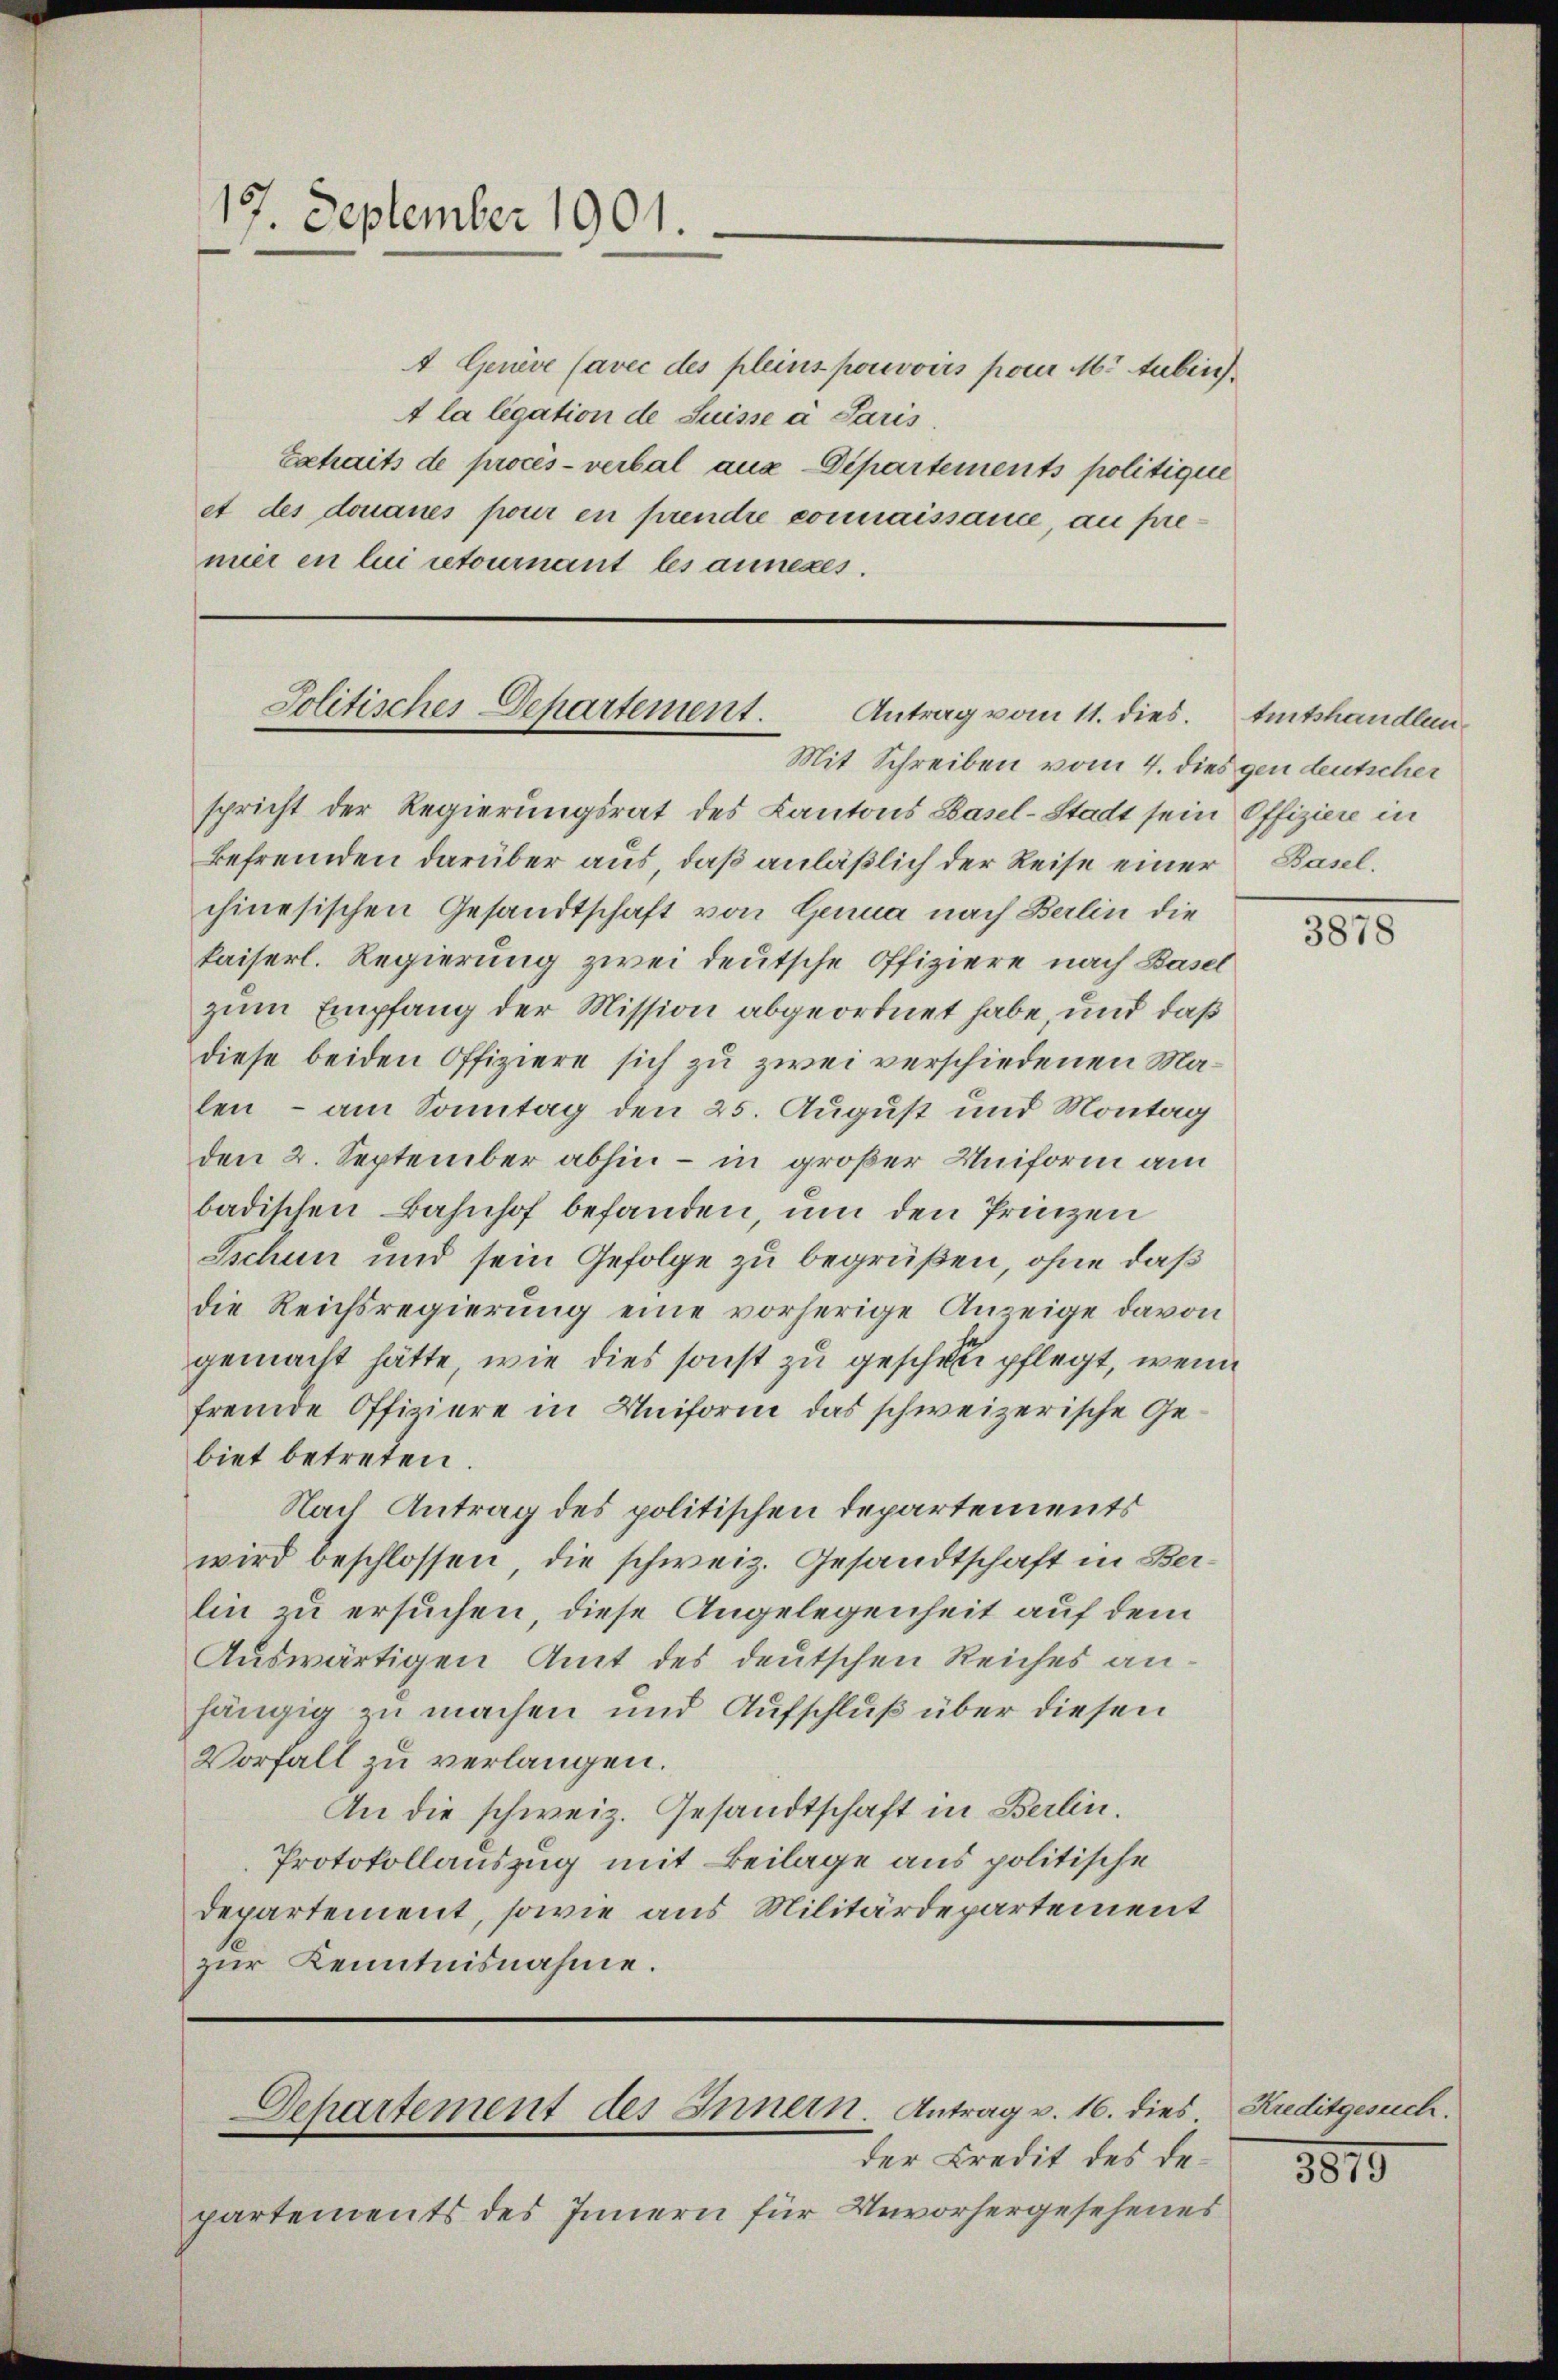
17. September 1901.

Mit Schreiben vom 4. dies gen deutscher
spricht der Regierungsrat des Kantons Basel-Stadt sein Offiziere in
Befremden darüber aus, daß anläßlich der Reise einer Baselchinesischen Gesandtschaft von Genua nach Berlin die
kaiserl. Regierung zwei deutsche Offiziere nach Basel
zum Empfang der Mission abgeordnet habe und daß
diese beiden Offiziere sich zu zwei verschiedenen Malen - am Sonntag den 25. August und Montag
den 2. September abhin – in großer Uniform am
badischen Bahnhof befanden, um den Prinzen
Eschen und sein Gefolge zu begrüßen, ohne daß
die Reichsregierung eine vorherige Anzeige davon
gemacht hätte, wie dies sonst zu geschen pflegt, wenn
fremde Offiziere in Uniform das schweizerische Gebiet betreten.
Nach Antrag des politischen Departements
wird beschlossen, die schweiz. Gesandtschaft in Ber-
lin zu ersuchen, diese Angelegenheit auf dem
Auswärtigen Amt des deutschen Reiches an
hängig zu machen und Aufschluß über diesen
Vorfall zu verlangen.
An die schweiz. Gesandtschaft in Berlin.
Protokollauszug mit Beilage aus politische
departement, sowie aus Militärdepartement
zur Kenntnisnahme.

4 Genève (avec des pleins pouvoirs pour M. Aubri
A la legation de Suisse a Paris.
Extraits de procès-verbal aus Departements politique
et des donaues pour en prendre connaissance, au premier en lui retournant les annexes.

Jolitisches Departement.
Antrag vom 11. dies. Amtshandlun¬

der Credit des Departements des Innern für Unvorhergesehenes

Departement des Innern. Antrag v. 16. dies

3878

Kreditgesrich.

3819